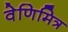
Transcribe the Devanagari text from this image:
वेणिमित्र